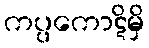
ကပ္ပကောဋိမှိ